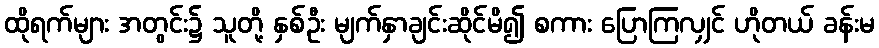
ထိုရက်များ အတွင်း၌ သူတို့ နှစ်ဦး မျက်နှာချင်းဆိုင်မိ၍ စကား ပြောကြလျှင် ဟိုတယ် ခန်းမ